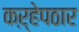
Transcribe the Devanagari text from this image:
कऱ्हेपठार